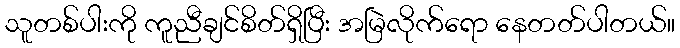
သူတစ်ပါးကို ကူညီချင်စိတ်ရှိပြီး အမြဲလိုက်ရော နေတတ်ပါတယ်။